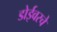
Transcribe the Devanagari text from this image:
डोईवरचे